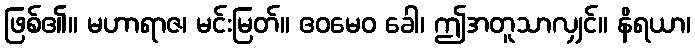
ဖြစ်၏။ မဟာရာဇ၊ မင်းမြတ်။ ဧဝမေဝ ခေါ၊ ဤအတူသာလျှင်။ နိရယာ၊